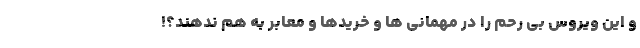
و این ویروس بی رحم را در مهمانی ها و خریدها و معابر به هم ندهند؟!